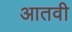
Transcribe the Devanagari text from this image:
आतवी